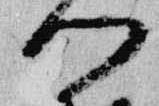
門